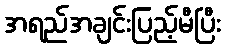
အရည်အချင်းပြည့်မီပြီး